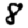
Digit: 8